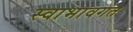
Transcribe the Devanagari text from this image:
स्वाभावगत